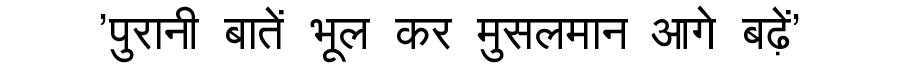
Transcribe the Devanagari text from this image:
'पुरानी बातें भूल कर मुसलमान आगे बढ़ें'